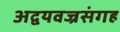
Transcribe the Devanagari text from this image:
अद्वयवज्रसंगह